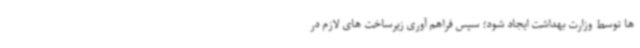
ها توسط وزارت بهداشت ایجاد شود؛ سپس فراهم آوری زیرساخت های لازم در